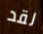
لقد